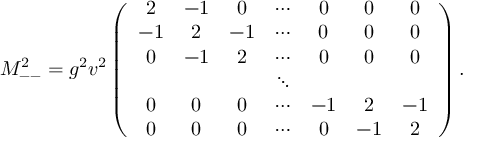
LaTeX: M _ { -- } ^ { 2 } = g ^ { 2 } v ^ { 2 } \left( \begin{array} { c c c c c c c } { { 2 } } & { { - 1 } } & { { 0 } } & { { \cdots } } & { { 0 } } & { { 0 } } & { { 0 } } \\ { { - 1 } } & { { 2 } } & { { - 1 } } & { { \cdots } } & { { 0 } } & { { 0 } } & { { 0 } } \\ { { 0 } } & { { - 1 } } & { { 2 } } & { { \cdots } } & { { 0 } } & { { 0 } } & { { 0 } } \\ { { } } & { { } } & { { } } & { { \ddots } } & { { } } & { { } } & { { } } \\ { { 0 } } & { { 0 } } & { { 0 } } & { { \cdots } } & { { - 1 } } & { { 2 } } & { { - 1 } } \\ { { 0 } } & { { 0 } } & { { 0 } } & { { \cdots } } & { { 0 } } & { { - 1 } } & { { 2 } } \end{array} \right) .